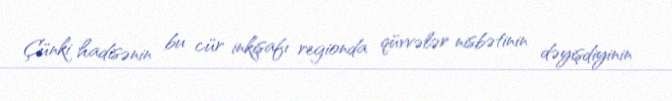
Çünki hadisənin bu cür inkişafı regionda qüvvələr nisbətinin dəyişdiyinin